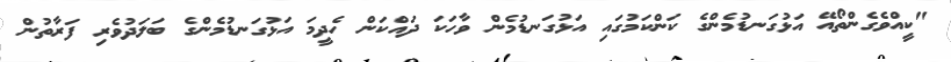
"ކީއްވެގެންތޯއޭ އަޅުގަނޑުމެންގެ ކަންކަމުގައި އަޅުގަނޑުމެން ވާހަކަ ދައްކަން ހެދީމަ އަޅުގަނޑުމެންގެ ބަލަދުވެރި ފަރާތުން